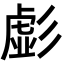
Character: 𭛚